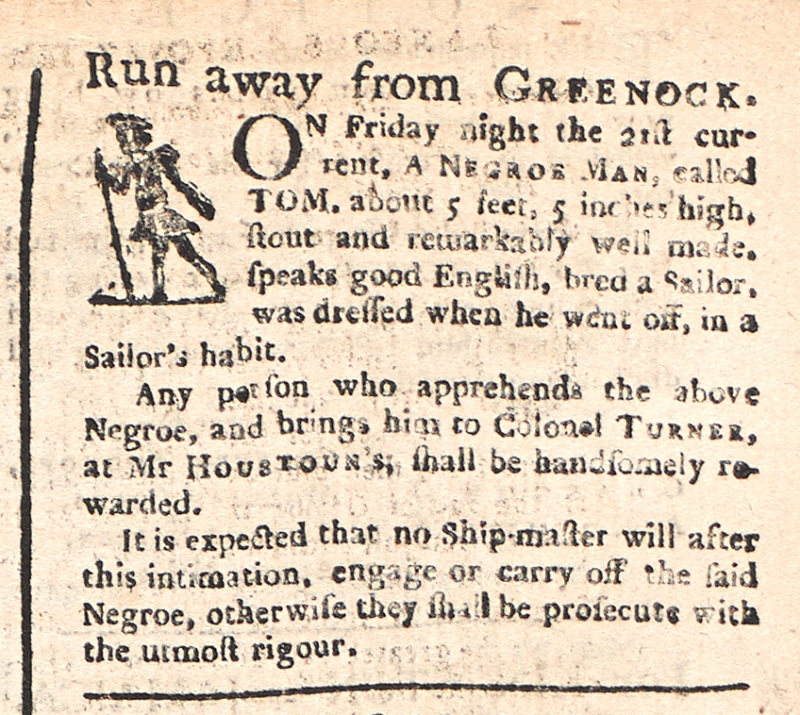
Glasgow Journal, 27 August 1772 (Scotland)
Run away from GREENOCK.
ON Friday night the 21st current, A NEGROE MAN, called TOM, about 5 feet, 5 inches high, stout and remarkably well made, speaks good English, bred a Sailor, was dressed when he went off, in a Sailor’s habit.   Any person who apprehends the above Negroe, and brings him to Colonel TURNER at Mr HOUSTOUN’S, shall be handsomely rewarded.  It is expected that no Ship-master will after this intimation, engage or carry off the said Negroe, otherwise they shall be prosecute with the utmost rigour.